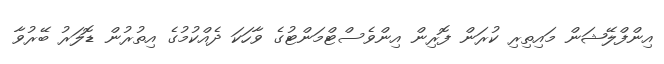
އިންފްލޭޝަން މައިތިރި ކުރަން ފޮރިން އިންވެސްޓްމަންޓުގެ ވާހަކަ ދެއްކުމުގެ އިތުރުން ޑޮލަރު ބޭރުވާ